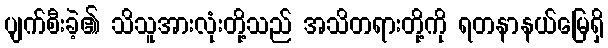
ပျက်စီးခဲ့၏ သိသူအားလုံးတို့သည် အသိတရားတို့ကို ရတနာနယ်မြေရှိ